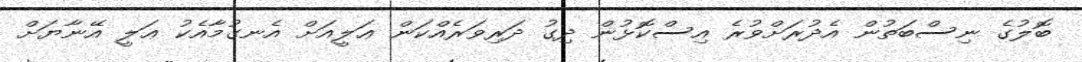
ބޮލުގެ ނިސްބަތުން އެދުރަށްވުރެ އިސްކޮޅުން ދިގު ދަރިވަރެއްކަން ޢަލީއަށް އެނގުމާއެކު ޢަލީ އޭނާޔަށް